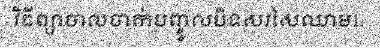
វិធីព្យាបាលចាក់បញ្ចូលបិទសរសៃឈាម1.